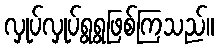
လှုပ်လှုပ်ရွရွဖြစ်ကြသည်။